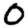
Digit: 0